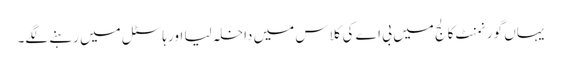
یہاں گورنمنٹ کالج میں بی اے کی کلاس میں داخلہ لیا اور ہاسٹل میں رہنے لگے۔